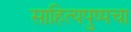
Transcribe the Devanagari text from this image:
साहित्यपुष्पचा